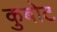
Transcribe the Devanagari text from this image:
कुबोट